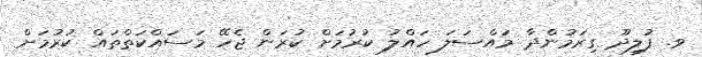
ވ. ފުލިދޫ ގިރަމުންދާ މައްސަލަ ހައްލު ކުރުމަށް ކުރަން ޖެހޭ މަސައްކަތްތައް ކުރުމަށް